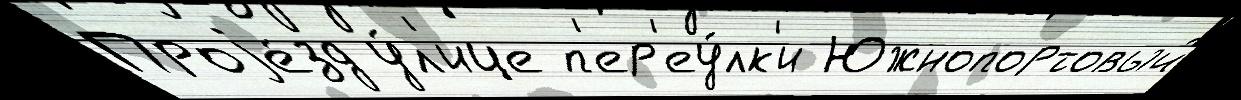
Проjе́зд у́л'ице п'ер'еу́лк'и Южнопортовый